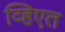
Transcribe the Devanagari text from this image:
व्हिएत